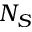
N _ { S }